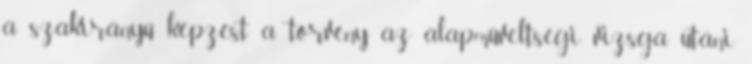
a szakirányú képzést a törvény az alapműveltségi vizsga utáni